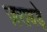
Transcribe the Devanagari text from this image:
ज़राबड़े